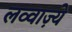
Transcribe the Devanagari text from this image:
लव्वाज़्ये